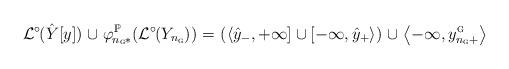
LaTeX: \begin{align*}\mathcal{L}^{\circ}\mkern-1.5mu(\hat{Y}[y])\mkern1mu \cup \mkern1mu\varphi_{\mkern-1.7mu n_{{\textsc{g}}}\mkern-.5mu *}^{{\mathbb{P}}}(\mathcal{L}^{\circ}\mkern-1.5mu(Y_{n_{{\textsc{g}}}}))=\mkern1.5mu(\left<\hat{y}_-, +\infty\right] \cup \left[-\infty, \hat{y}_+\right>)\mkern1.5mu\cup\mkern1.5mu\left<-\infty, y_{n_{{\textsc{g}}}+}^{\textsc{g}}\right>\end{align*}